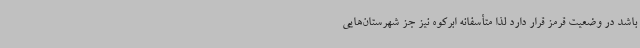
باشد در وضعیت قرمز قرار دارد لذا متأسفانه ابرکوه نیز جز شهرستان‌هایی